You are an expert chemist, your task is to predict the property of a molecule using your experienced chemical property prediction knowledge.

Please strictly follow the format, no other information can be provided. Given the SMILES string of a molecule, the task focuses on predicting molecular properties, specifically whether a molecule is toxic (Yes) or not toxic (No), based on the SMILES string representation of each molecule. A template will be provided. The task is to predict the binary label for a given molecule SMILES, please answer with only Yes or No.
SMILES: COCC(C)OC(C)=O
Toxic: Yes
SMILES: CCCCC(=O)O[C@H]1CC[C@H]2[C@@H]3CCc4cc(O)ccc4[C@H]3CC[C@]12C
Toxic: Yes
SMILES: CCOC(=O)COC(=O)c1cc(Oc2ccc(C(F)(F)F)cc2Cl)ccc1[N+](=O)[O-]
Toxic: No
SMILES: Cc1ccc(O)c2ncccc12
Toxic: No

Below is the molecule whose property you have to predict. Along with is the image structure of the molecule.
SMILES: O=C(O)C1(C(=O)Nc2ccc(Cl)cc2Cl)CC1
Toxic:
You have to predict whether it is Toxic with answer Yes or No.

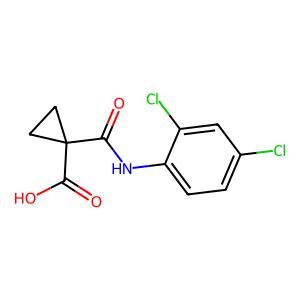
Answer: No